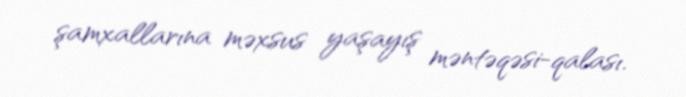
şamxallarına məxsus yaşayış məntəqəsi-qalası.